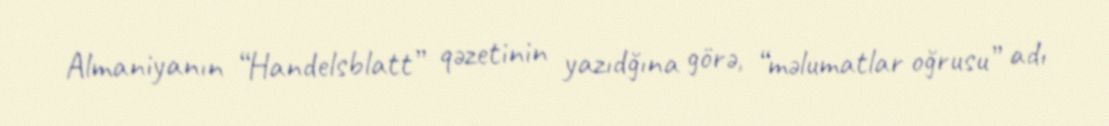
Almaniyanın “Handelsblatt” qəzetinin yazıdğına görə, “məlumatlar oğrusu” adı